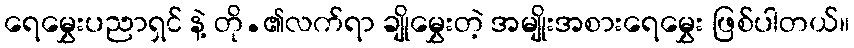
ရေမွှေးပညာရှင် နဲ့ တို.၏လက်ရာ ချိုမွှေးတဲ့ အမျိုးအစားရေမွှေး ဖြစ်ပါတယ်။